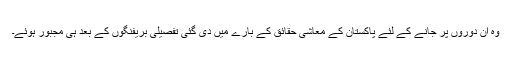
وہ ان دوروں پر جانے کے لئے پاکستان کے معاشی حقائق کے بارے میں دی گئی تفصیلی بریفنگوں کے بعد ہی مجبور ہوئے۔